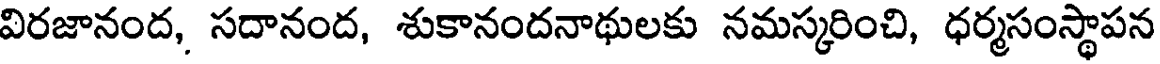
విరజానంద, సదానంద, శుకానందనాథులకు నమస్కరించి, ధర్మసంస్థాపన